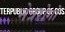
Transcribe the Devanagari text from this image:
नेत्ररोगों